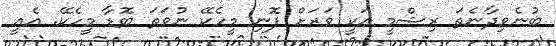
ބުނެވިދާނެތަ ރިޝްމީ އަކީ ވަރަށް ފޮނި މީހެކޭ ނުވަތަ ބޮޑާ މީހެކޭ. އެއީ